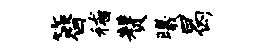
簪稽赞曦曷